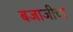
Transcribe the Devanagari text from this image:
बजाजीचा